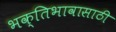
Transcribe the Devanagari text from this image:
भक्तिभावासाठी